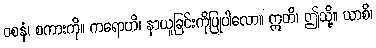
ဝစနံ၊ စကားကို။ ကရောဟိ၊ နာယူခြင်းကိုပြုပါလော။ ဣတိ၊ ဤသို့။ ယာစိ၊